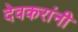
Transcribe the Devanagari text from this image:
देवकरांनी